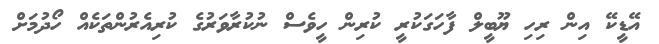
އޭޑީކޭ އިން ރިހި ޔޫބީލް ފާހަގަކުރީ ކުރިން ހީވެސް ނުކުރާވަރުގެ ކުރިއެރުންތަކެއް ހޯދުމަށް